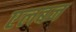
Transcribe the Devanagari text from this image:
एलबन